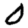
Digit: 0